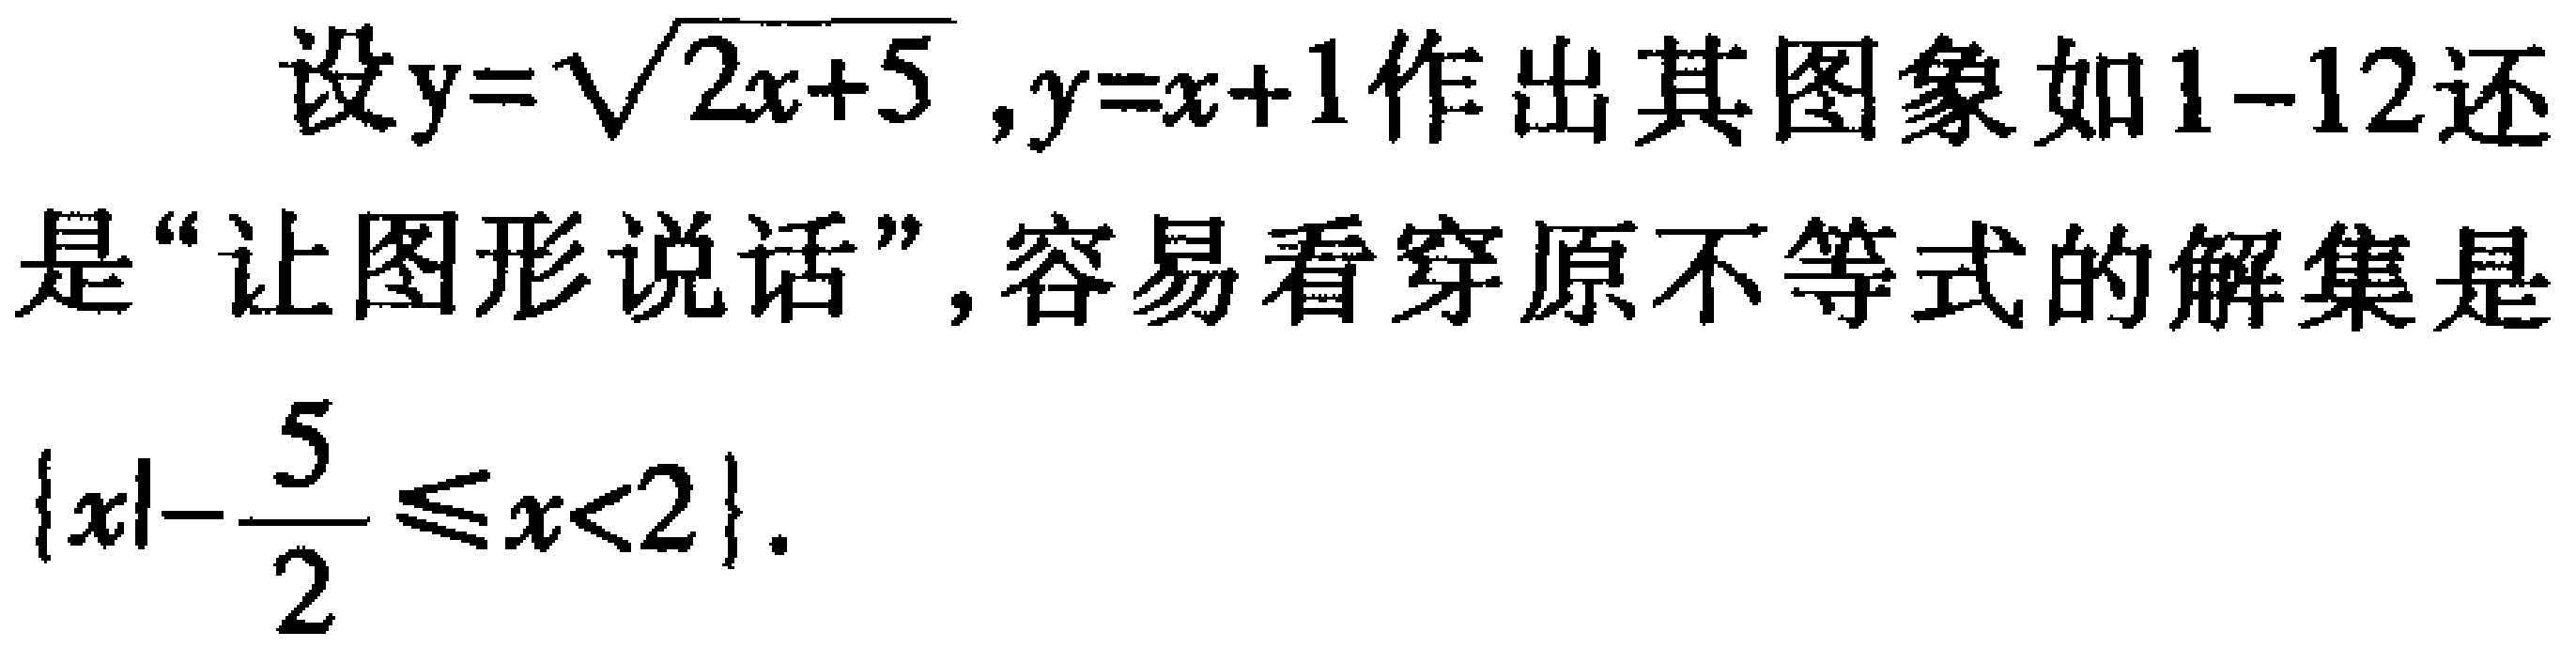
设\(y = \sqrt{2x + 5}\)，\(y = x + 1\)作出其图象如1-12还是“让图形说话”，容易看穿原不等式的解集是\(\{x|-\frac{5}{2} \leq x < 2\}\)。